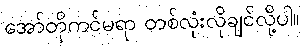
အော်တိုကင်မရာ တစ်လုံးလိုချင်လို့ပါ။